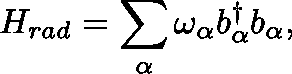
H _ { r a d } = \sum _ { \mathbf { \alpha } } \omega _ { \mathbf { \alpha } } b _ { \mathbf { \alpha } } ^ { \dagger } b _ { \mathbf { \alpha } } ,